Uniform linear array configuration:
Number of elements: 8
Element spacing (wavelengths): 1
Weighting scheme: blackman
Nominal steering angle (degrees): -60
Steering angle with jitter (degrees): -59.759
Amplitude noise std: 0.05
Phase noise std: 0.05

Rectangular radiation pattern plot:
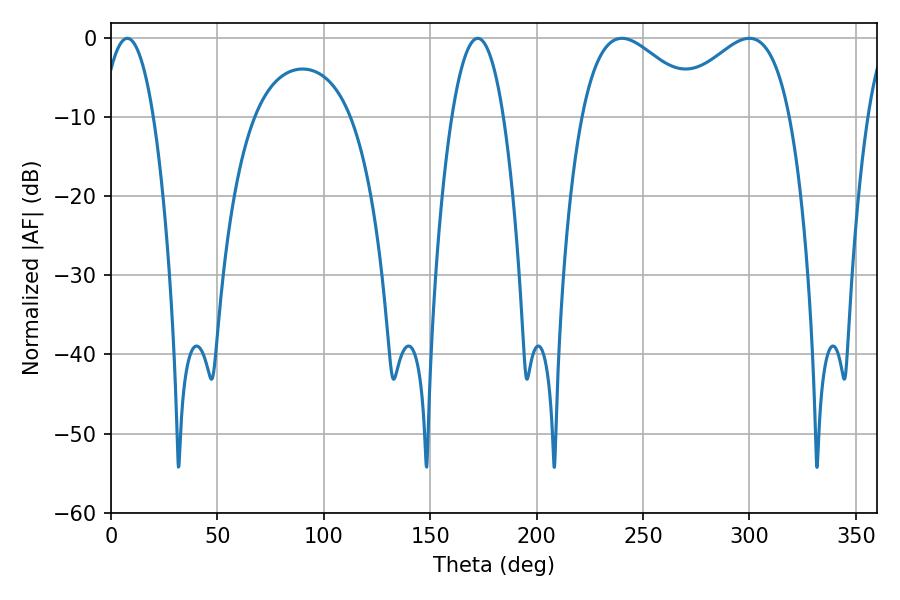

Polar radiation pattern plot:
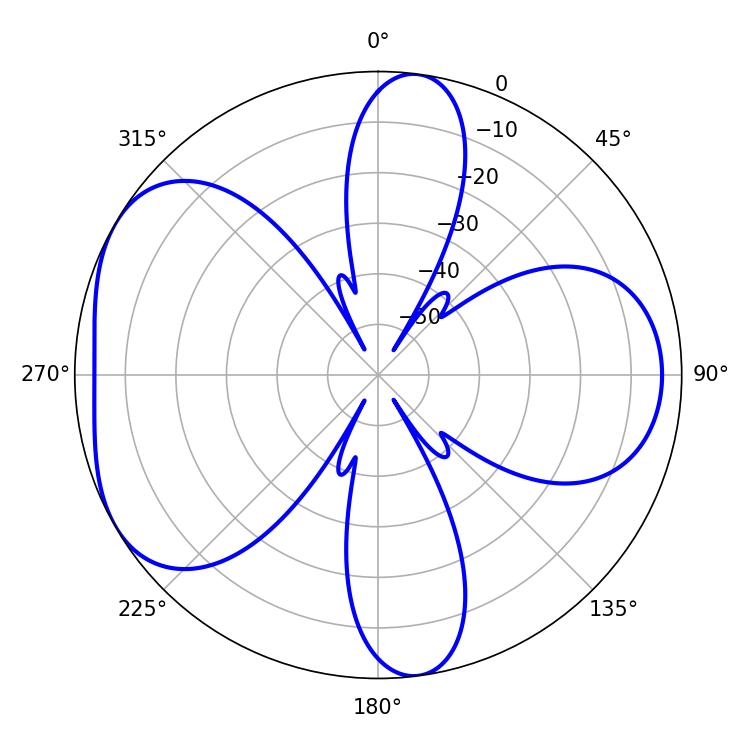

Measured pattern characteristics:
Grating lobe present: TRUE
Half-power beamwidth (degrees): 31.14
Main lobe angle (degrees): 240.12